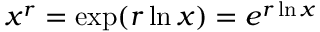
x ^ { r } = \exp ( r \ln x ) = e ^ { r \ln x }